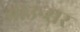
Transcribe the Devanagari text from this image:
बाउन्सर